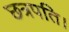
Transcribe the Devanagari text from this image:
छत्रपति।